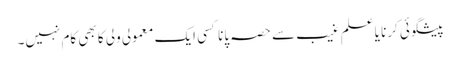
پیشگوئی کرنا یا علم غیب سے حصہ پانا کسی ایک معمولی ولی کا بھی کام نہیں۔